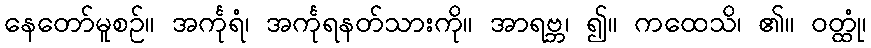
နေတော်မူစဉ်။ အင်္ကုရံ၊ အင်္ကုရနတ်သားကို။ အာရဗ္ဘ၊ ၍။ ကထေသိ၊ ၏။ ဝတ္ထုံ၊